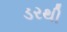
ડરથી